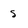
Character: 5